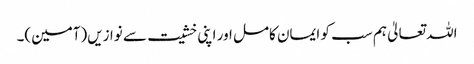
اللہ تعالیٰ ہم سب کو ایمان کامل اور اپنی خشیت سے نوازیں(آمین)۔